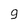
Character: 9